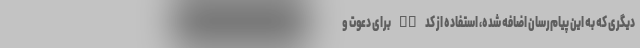
دیگری که به این پیام‌رسان اضافه شده، استفاده از کد QR برای دعوت و